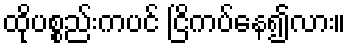
ထိုပစ္စည်းကပင် ငြိကပ်နေ၍လား။